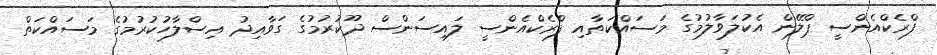
ފްރެކްއެންސީ ޕްލޭން އެކުލަވާލުމުގެ މަސައްކަތާއި ފްރެކްއެންސީ ލައިސަންސް ދޫކުރުމުގެ ގަވާއިދު އިސްލާހުކުރުމުގެ މަސައްކަތް